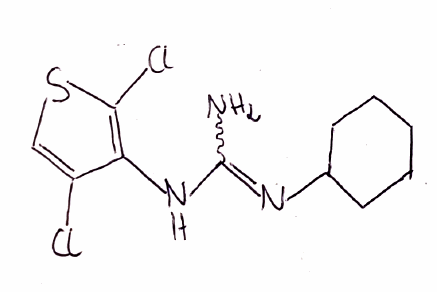
Simplified molecular-input line-entry system (SMILES) notation of the given molecule:
C1CCC(CC1)N=C(N)NC2=C(SC=C2Cl)Cl